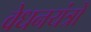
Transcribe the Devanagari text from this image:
वेधनयंत्रों